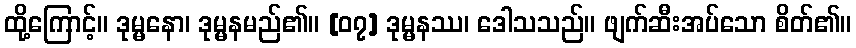
ထို့ကြောင့်။ ဒုမ္မနော၊ ဒုမ္မနမည်၏။ [၀၇] ဒုမ္မနဿ၊ ဒေါသသည်။ ဖျက်ဆီးအပ်သော စိတ်၏။